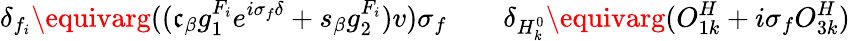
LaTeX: \delta_{f_{i}}\equivarg((\mathfrak{c}_{\beta}g_{1}^{F_{i}}e^{i\sigma_{f}\delta}+s_{\beta}g_{2}^{F_{i}})v)\sigma_{f}\qquad\delta_{H_{k}^{0}}\equivarg(O_{1k}^{H}+i\sigma_{f}O_{3k}^{H})